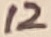
Text: 12